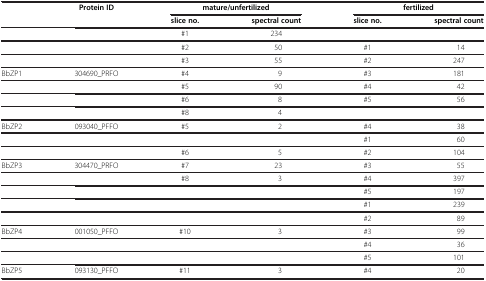
<table><thead><tr><td><b> </b></td><td><b>Protein ID</b></td><td colspan="2"><b>mature/unfertilized</b></td><td colspan="2"><b>fertilized</b></td></tr><tr><td><b> </b></td><td><b> </b></td><td><b>slice no.</b></td><td><b>spectral count</b></td><td><b>slice no.</b></td><td><b>spectral count</b></td></tr></thead><tbody><tr><td> </td><td> </td><td>#1</td><td>234</td><td> </td><td> </td></tr><tr><td> </td><td> </td><td>#2</td><td>50</td><td>#1</td><td>14</td></tr><tr><td> </td><td> </td><td>#3</td><td>55</td><td>#2</td><td>247</td></tr><tr><td>BbZP1</td><td>304690_PRFO</td><td>#4</td><td>9</td><td>#3</td><td>181</td></tr><tr><td> </td><td> </td><td>#5</td><td>90</td><td>#4</td><td>42</td></tr><tr><td> </td><td> </td><td>#6</td><td>8</td><td>#5</td><td>56</td></tr><tr><td> </td><td> </td><td>#8</td><td>4</td><td> </td><td> </td></tr><tr><td>BbZP2</td><td>093040_PFFO</td><td>#5</td><td>2</td><td>#4</td><td>38</td></tr><tr><td> </td><td> </td><td> </td><td> </td><td>#1</td><td>60</td></tr><tr><td> </td><td> </td><td>#6</td><td>5</td><td>#2</td><td>104</td></tr><tr><td>BbZP3</td><td>304470_PRFO</td><td>#7</td><td>23</td><td>#3</td><td>55</td></tr><tr><td> </td><td> </td><td>#8</td><td>3</td><td>#4</td><td>397</td></tr><tr><td> </td><td> </td><td> </td><td> </td><td>#5</td><td>197</td></tr><tr><td> </td><td> </td><td> </td><td> </td><td>#1</td><td>239</td></tr><tr><td> </td><td> </td><td> </td><td> </td><td>#2</td><td>89</td></tr><tr><td>BbZP4</td><td>001050_PFFO</td><td>#10</td><td>3</td><td>#3</td><td>99</td></tr><tr><td> </td><td> </td><td> </td><td> </td><td>#4</td><td>36</td></tr><tr><td> </td><td> </td><td> </td><td> </td><td>#5</td><td>101</td></tr><tr><td>BbZP5</td><td>093130_PFFO</td><td>#11</td><td>3</td><td>#4</td><td>20</td></tr></tbody></table>